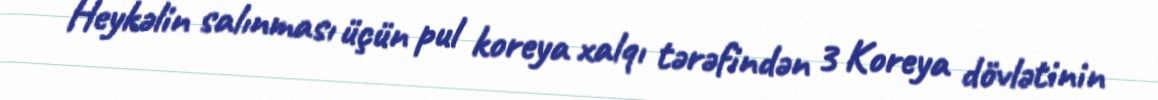
Heykəlin salınması üçün pul koreya xalqı tərəfindən 3 Koreya dövlətinin